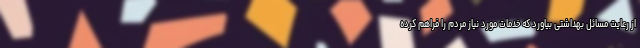
از رعایت مسائل بهداشتی بیاورد که خدمات مورد نیاز مردم را فراهم کرده